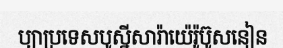
ប្យាប្រទេសបូស្នីសារ៉ាយ៉េរ៉ូប៊ូសនៀន